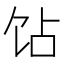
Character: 𬲫